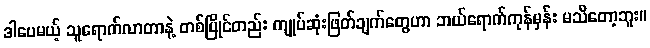
ဒါပေမယ့် သူရောက်လာတာနဲ့ တစ်ပြိုင်တည်း ကျုပ်ဆုံးဖြတ်ချက်တွေဟာ ဘယ်ရောက်ကုန်မှန်း မသိတော့ဘူး။